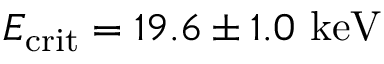
E _ { \mathrm { { c r i t } } } = 1 9 . 6 \pm 1 . 0 ~ \mathrm { k e V }